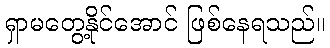
ရှာမတွေ့နိုင်အောင် ဖြစ်နေရသည်။